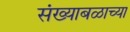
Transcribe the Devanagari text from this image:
संख्याबळाच्या